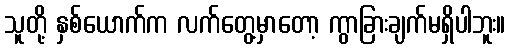
သူတို့ နှစ်ယောက်က လက်တွေ့မှာတော့ ကွာခြားချက်မရှိပါဘူး။